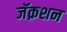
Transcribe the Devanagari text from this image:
जॅक़शन